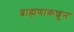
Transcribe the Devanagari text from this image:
ब्राह्मणाकशून